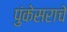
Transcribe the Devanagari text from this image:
पुंकेसराचे